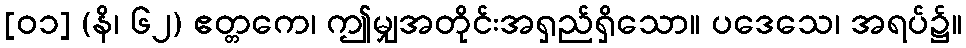
[၀၁] (နိ၊ ၆၂) ဧတ္တကေ၊ ဤမျှအတိုင်းအရှည်ရှိသော။ ပဒေသေ၊ အရပ်၌။